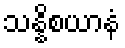
သန္နိစယာနံ